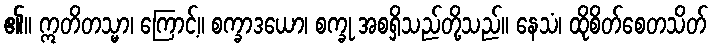
၏။ ဣတိတသ္မာ၊ ကြောင့်။ စက္ခာဒယော၊ စက္ခု အစရှိသည်တို့သည်။ နေသံ၊ ထိုစိတ်စေတသိတ်